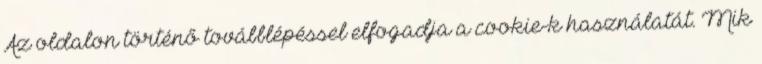
Az oldalon történő továbblépéssel elfogadja a cookie-k használatát. Mik